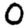
Digit: 0